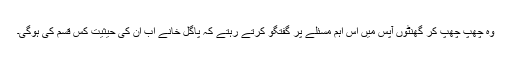
وہ چھپ چھپ کر گھنٹوں آپس میں اس اہم مسئلے پر گفتگو کرتے رہتے کہ پاگل خانے اب ان کی حیثیت کس قسم کی ہوگی۔